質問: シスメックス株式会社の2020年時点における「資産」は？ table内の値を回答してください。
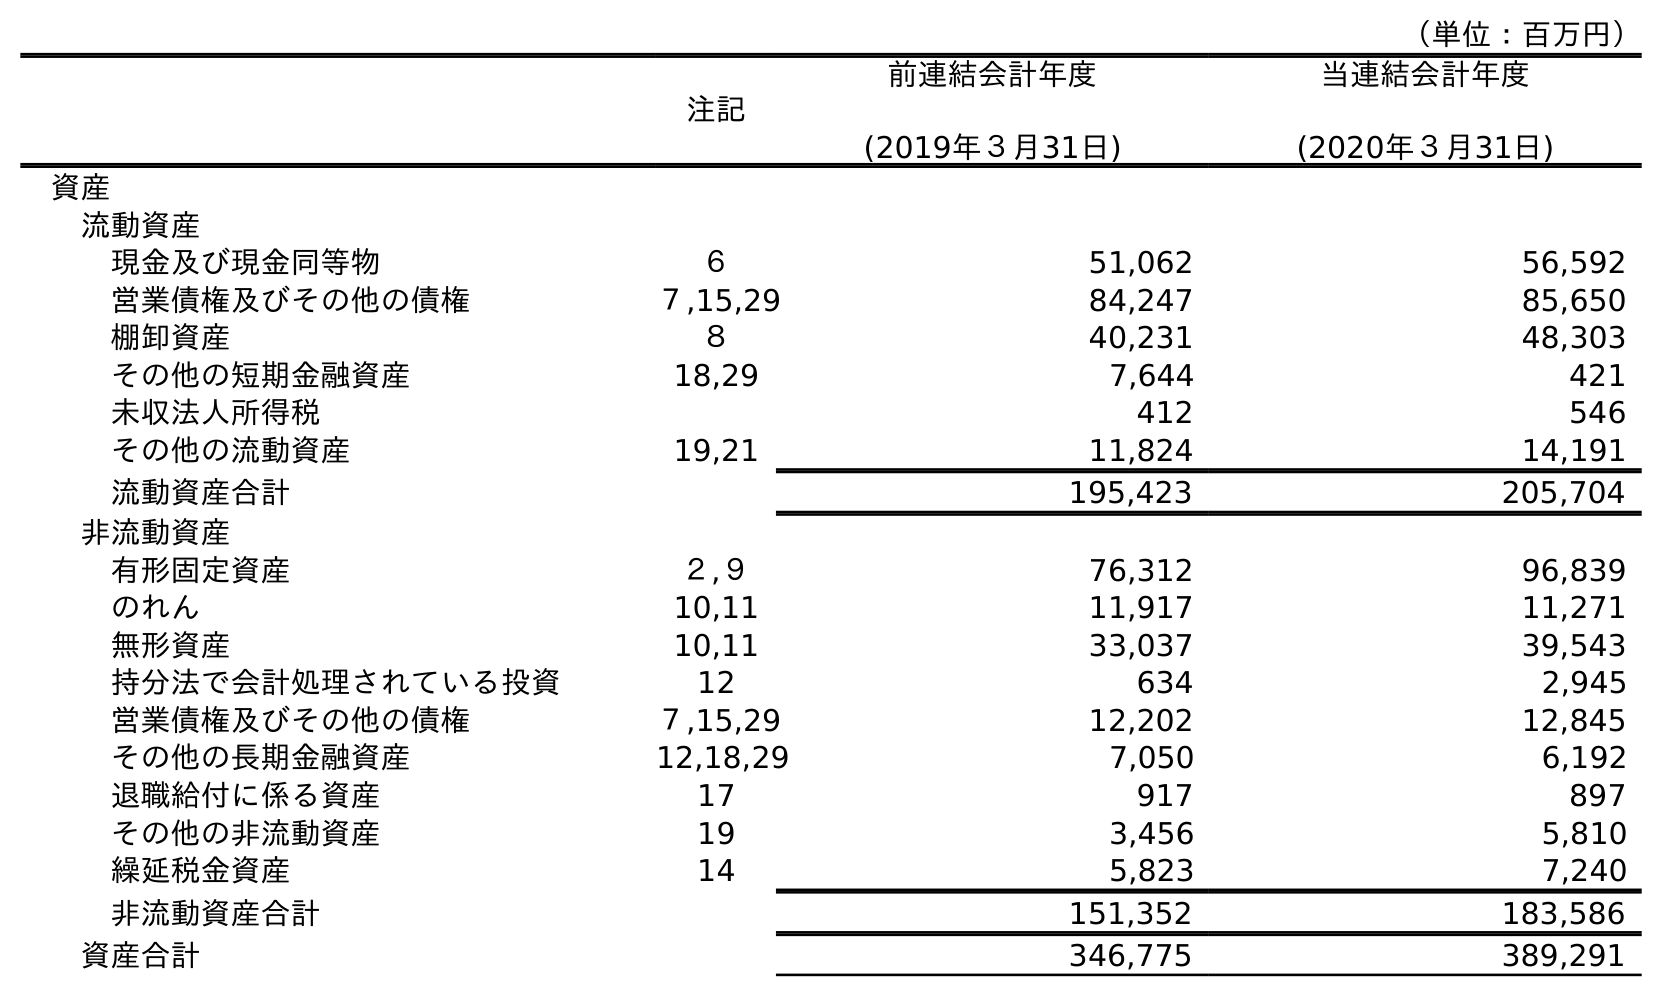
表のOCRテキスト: （単位：百万円） 注記 前連結会計年度 (2019年３月31日) 当連結会計年度 (2020年３月31日) 資産 流動資産 現金及び現金同等物 ６ 51,062 56,592 営業債権及びその他の債権 ７,15,29 84,247 85,650 棚卸資産 ８ 40,231 48,303 その他の短期金融資産 18,29 7,644 421 未収法人所得税 412 546 その他の流動資産 19,21 11,824 14,191 流動資産合計 195,423 205,704 非流動資産 有形固定資産 ２,９ 76,312 96,839 のれん 10,11 11,917 11,271 無形資産 10,11 33,037 39,543 持分法で会計処理されている投資 12 634 2,945 営業債権及びその他の債権 ７,15,29 12,202 12,845 その他の長期金融資産 12,18,29 7,050 6,192 退職給付に係る資産 17 917 897 その他の非流動資産 19 3,456 5,810 繰延税金資産 14 5,823 7,240 非流動資産合計 151,352 183,586 資産合計 346,775 389,291
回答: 389,291